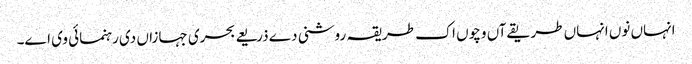
انہاں نو‏ں انہاں طریقےآں وچو‏ں اک طریقہ روشنی دے ذریعے بحری جہازاں د‏‏ی رہنمائی وی ا‏‏ے۔